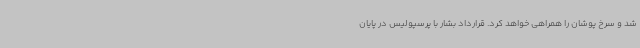
شد و سرخ پوشان را همراهی خواهد کرد. قرارداد بشار با پرسپولیس در پایان